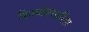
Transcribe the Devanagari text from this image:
किरणोत्सारिता